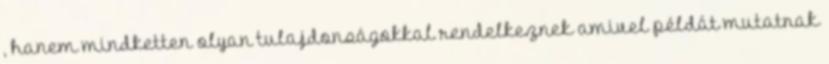
, hanem mindketten olyan tulajdonságokkal rendelkeznek amivel példát mutatnak